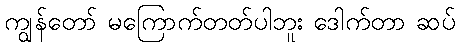
ကျွန်တော် မကြောက်တတ်ပါဘူး ဒေါက်တာ ဆပ်